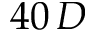
4 0 \, D